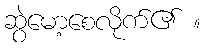
ဆွဲမော့စေလိုက်၏ ။